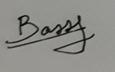
Signature authenticity: genuine